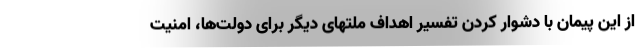
از این پیمان با دشوار کردن تفسیر اهداف ملتهای دیگر برای دولت‌ها، امنیت